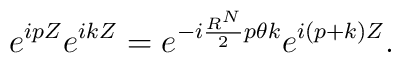
e^{ipZ}e^{ikZ}=e^{-i\frac{R^N}{2}p{\theta}k}e^{i(p+k)Z}.